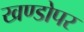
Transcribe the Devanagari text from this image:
खण्डोपर